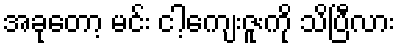
အခုတော့ မင်း ငါ့ကျေးဇူးကို သိပြီလား